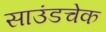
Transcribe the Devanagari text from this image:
साउंडचेक